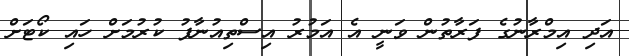
އަދި އިމްރާނުގެ ފަރާތުން ވަނީ އެ އަމުރު އިސްތިއުނާފު ކުރުމަށް ހައި ކޯޓަށް